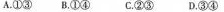
A.①③B.①④C；②③D.③④